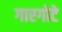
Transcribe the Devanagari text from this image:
गारगोटे